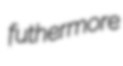
futhermore